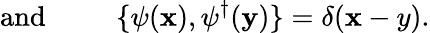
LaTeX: \mathrm{and}\; \; \; \; \; \; \; \; \; \{ \psi({\mathbf x}),\psi^{\dagger}({\mathbf y})\} =\delta({\mathbf x-y}).